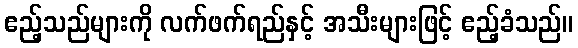
ဧည့်သည်များကို လက်ဖက်ရည်နှင့် အသီးများဖြင့် ဧည့်ခံသည်။